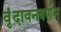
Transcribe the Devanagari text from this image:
वृंदावनवर्णन